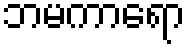
ဘမကာရော